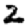
Digit: 2